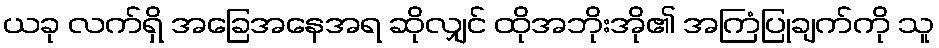
ယခု လက်ရှိ အခြေအနေအရ ဆိုလျှင် ထိုအဘိုးအို၏ အကြံပြုချက်ကို သူ